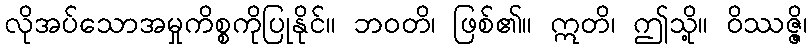
လိုအပ်သောအမှုကိစ္စကိုပြုနိုင်။ ဘဝတိ၊ ဖြစ်၏။ ဣတိ၊ ဤသို့။ ဝိဿဇ္ဇိ၊